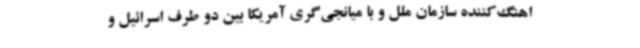
اهنگ‌کننده سازمان ملل و با میانجی‌گری آمریکا بین دو طرف اسرائیل و